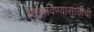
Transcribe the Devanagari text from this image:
शिकविण्यासाठीची